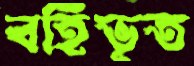
বর্হিভূত